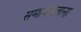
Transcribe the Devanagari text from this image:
समाजवताना